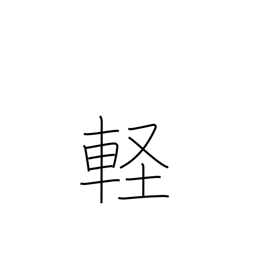
Meaning: trifling